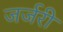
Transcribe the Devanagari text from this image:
जर्जरी